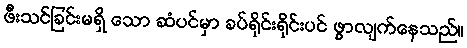
ဖီးသင်ခြင်းမရှိ သော ဆံပင်မှာ ခပ်ရိုင်းရိုင်းပင် ဖွာလျက်နေသည်။